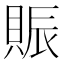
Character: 賑